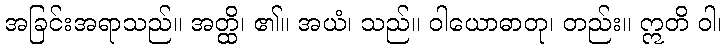
အခြင်းအရာသည်။ အတ္ထိ၊ ၏။ အယံ၊ သည်။ ဝါယောဓာတု၊ တည်း။ ဣတိ ဝါ၊